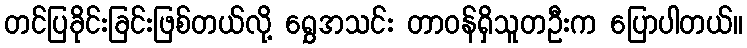
တင်ပြခိုင်းခြင်းဖြစ်တယ်လို့ ရွှေအသင်း တာဝန်ရှိသူတဦးက ပြောပါတယ်။